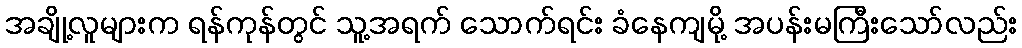
အချို့လူများက ရန်ကုန်တွင် သူ့အရက် သောက်ရင်း ခံနေကျမို့ အပန်းမကြီးသော်လည်း